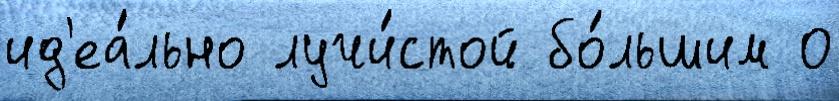
ид'еа́льно лучи́стой бо́льшим 0